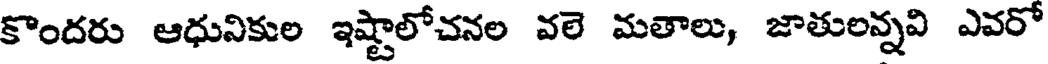
కొందరు ఆధునికుల ఇష్టాలోచనల వలె మతాలు, జాతులన్నవి ఎవరో